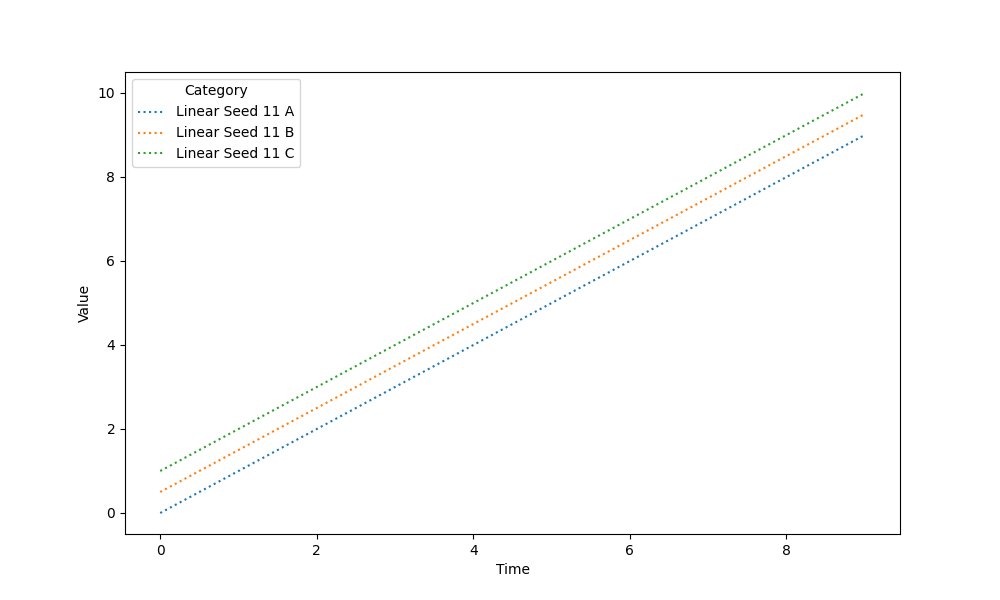
python, seaborn, lineplot, style='dotted', marker='None'